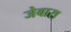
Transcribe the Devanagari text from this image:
जेबारा